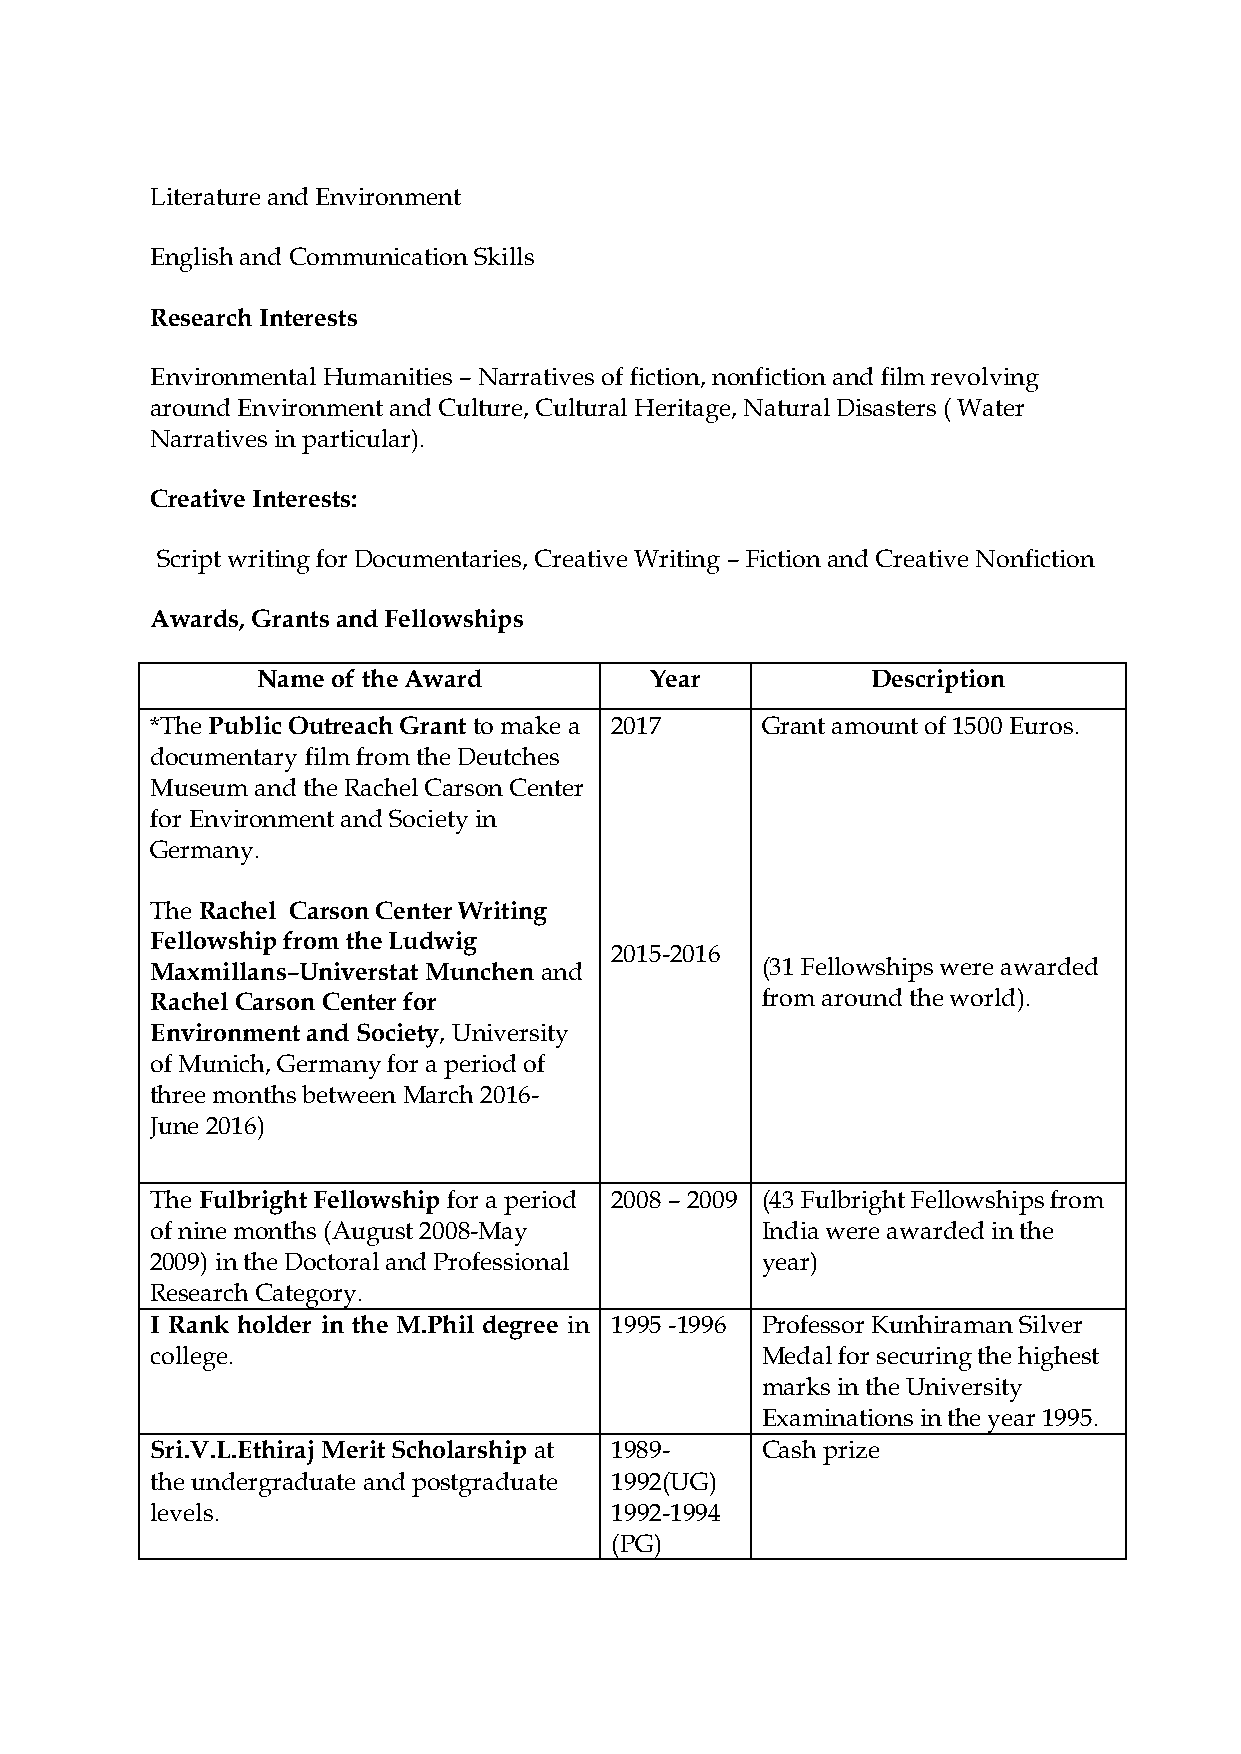
Literature and Environment
 English and Communication Skills
 Research Interests
 Environmental Humanities – Narratives of fiction, nonfiction and film revolving
 around Environment and Culture, Cultural Heritage, Natural Disasters ( Water
 Narratives in particular).
 Creative Interests:
 Script writing for Documentaries, Creative Writing – Fiction and Creative Nonfiction
 Awards, Grants and Fellowships
 Name of the Award         Year           Description
 *The Public Outreach Grant to make a 2017 Grant amount of 1500 Euros.
 documentary film from the Deutches
 Museum and the Rachel Carson Center
 for Environment and Society in
 Germany.
 The Rachel Carson Center Writing
 Fellowship from the Ludwig
 2015-2016
 Maxmillans–Universtat Munchen and       (31 Fellowships were awarded
 Rachel Carson Center for                from around the world).
 Environment and Society, University
 of Munich, Germany for a period of
 three months between March 2016-
 June 2016)
 The Fulbright Fellowship for a period 2008 – 2009 (43 Fulbright Fellowships from
 of nine months (August 2008-May         India were awarded in the
 2009) in the Doctoral and Professional  year)
 Research Category.
 I Rank holder in the M.Phil degree in 1995 -1996 Professor Kunhiraman Silver
 college.                                Medal for securing the highest
 marks in the University
 Examinations in the year 1995.
 Sri.V.L.Ethiraj Merit Scholarship at 1989- Cash prize
 the undergraduate and postgraduate 1992(UG)
 levels.                       1992-1994
 (PG)